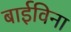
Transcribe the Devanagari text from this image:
बाईविना